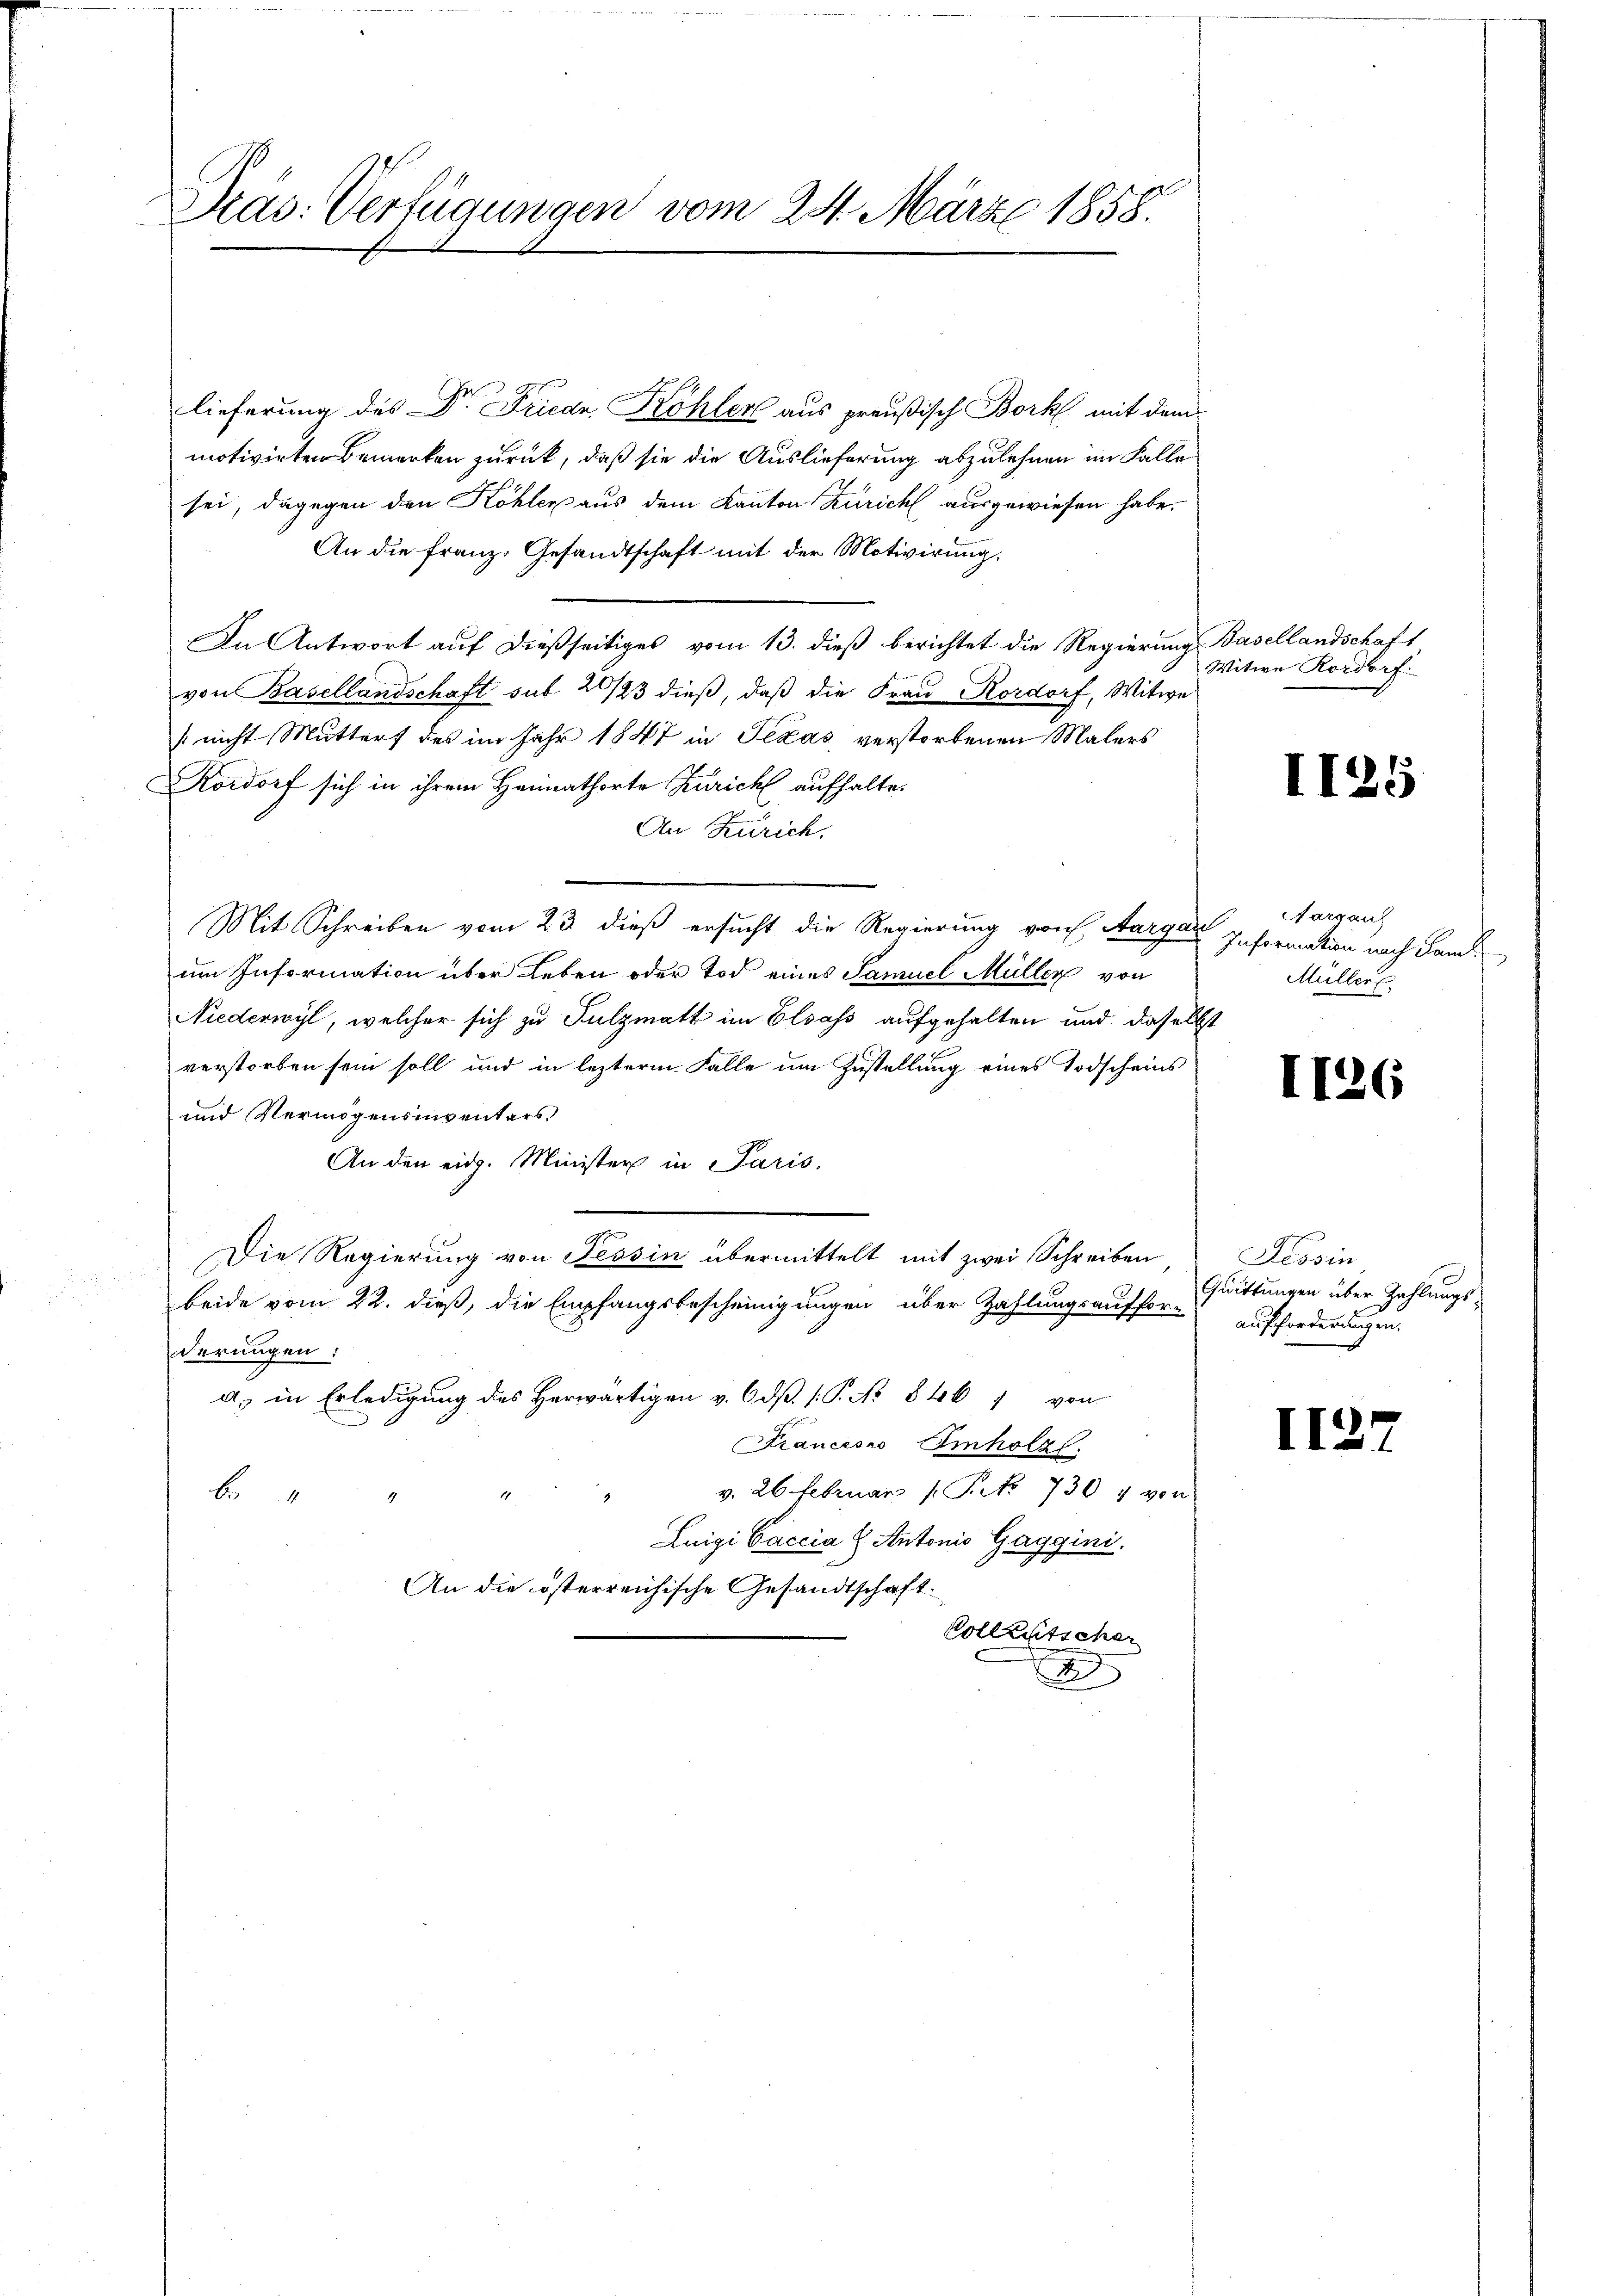
Kas: Verfügungen vom 24. März 1858.

lieferung des Dr. Friede Köhler aus preußisch Bork mit dem
motivirten Bemerken zurück, daß sie die Auslieferung abzulehnen im Falle
sei, dagegen den Köhler aus dem Kanton Zürich ausgewiesen habe.
An die Franz. Gesandtschaft mit der Motivirung.
In Antwort auf dießseitiges vom 13. dieß berichtet die Regierung Basellandschaft
von Basellandschaft sub 2/23 dieß, daß die Frau Kordorf, Witwe
[nicht Mutters des im Jahr 1847 in Texas verstorbenen Malers
Kordorf sich in ihrem Heimathorte Züricht aufhalte.
An Zürich,
Mit Schreiben vom 23. dieß ersucht die Regierung von Aargau Insermation nach danck
um Information über Leben oder Tod eines Samuel Müller von
Niederwyl, welcher sich zu Sulzmatt im Elsass aufgehalten und daselbst
verstorben sein soll und in lezterm Falle um Zustellung eines Todscheins
und Vermögensinventars
An den eidg. Minister in Paris,
Die Regierung von Tessin übermittelt mit zwei Schreiben,
beide vom 22. dieß, die Empfangsbescheinigungen über Zahlungsauffor-
derungen:
a. in Erledigung des Herwärtigen v. 6. dß. (: P. No 840 7 von
Francesco Imholz.
v. 26. Februar 1 Frk. 730 4 von
b
Luigi Vaccia H. Antonis Gaggini.
An die österreichische Gesandtschaft.
Vollzutscher

x

Witwe Rordorf.

11

Aargaus
Müller E

II.

Tessin
Quittungen über Zahlungsaufforderungen.

II.

6

125